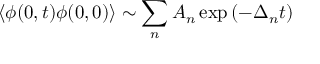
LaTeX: \langle \phi ( 0 , t ) \phi ( 0 , 0 ) \rangle \sim \sum _ { n } A _ { n } \exp \left( - \Delta _ { n } t \right)